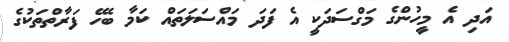
އަދި އެ މީހުންގެ މަގްސަދަކީ އެ ފަދަ މައްސަލަތައް ކަމާ ބެހޭ ފަރާތްތަކުގެ